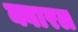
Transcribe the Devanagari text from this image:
क्वारल